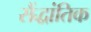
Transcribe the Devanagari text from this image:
सैंद्धांतिक